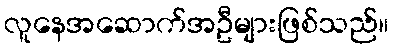
လူနေအဆောက်အဦများဖြစ်သည်။